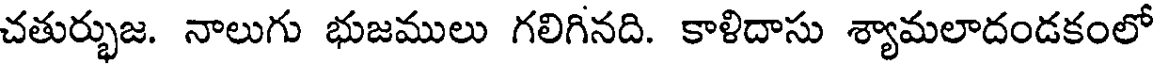
చతుర్భుజ. నాలుగు భుజములు గలిగినది. కాళిదాసు శ్యామలాదండకంలో